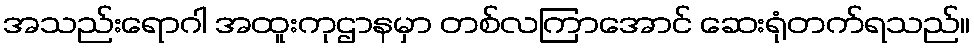
အသည်းရောဂါ အထူးကုဌာနမှာ တစ်လကြာအောင် ဆေးရုံတက်ရသည်။